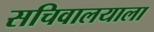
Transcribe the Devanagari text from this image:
सचिवालयाला